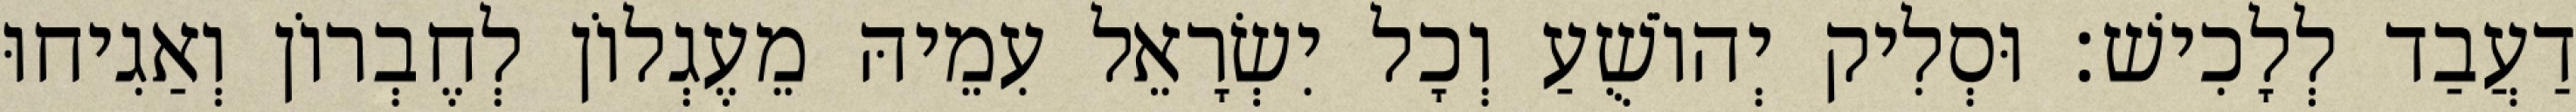
דַעֲבַד לְלָכִישׁ׃ וּסְלִיק יְהוֹשֻׁעַ וְכָל יִשְׂרָאֵל עִמֵיהּ מֵעֶגְלוֹן לְחֶבְרוֹן וְאַגִיחוּ